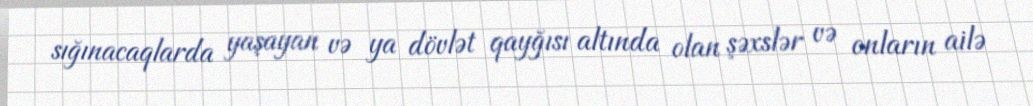
sığınacaqlarda yaşayan və ya dövlət qayğısı altında olan şəxslər və onların ailə